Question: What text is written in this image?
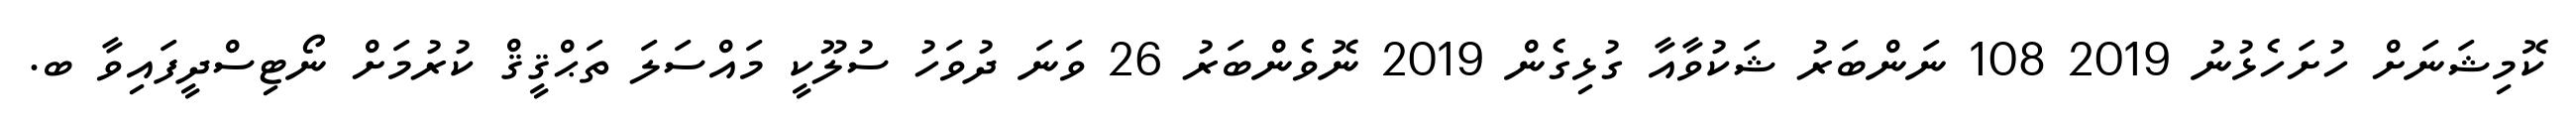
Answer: ކޮމިޝަނަށް ހުށަހެޅުނު 2019 108 ނަންބަރު ޝަކުވާއާ ގުޅިގެން 2019 ނޮވެންބަރު 26 ވަނަ ދުވަހު ސުލޫކީ މައްސަލަ ތަޙްޤީޤް ކުރުމަށް ނޯޓިސްދީފައިވާ ބ.